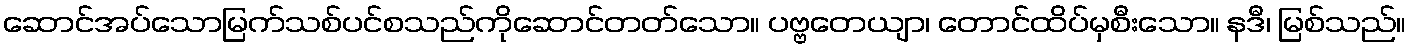
ဆောင်အပ်သောမြက်သစ်ပင်စသည်ကိုဆောင်တတ်သော။ ပဗ္ဗတေယျာ၊ တောင်ထိပ်မှစီးသော။ နဒီ၊ မြစ်သည်။